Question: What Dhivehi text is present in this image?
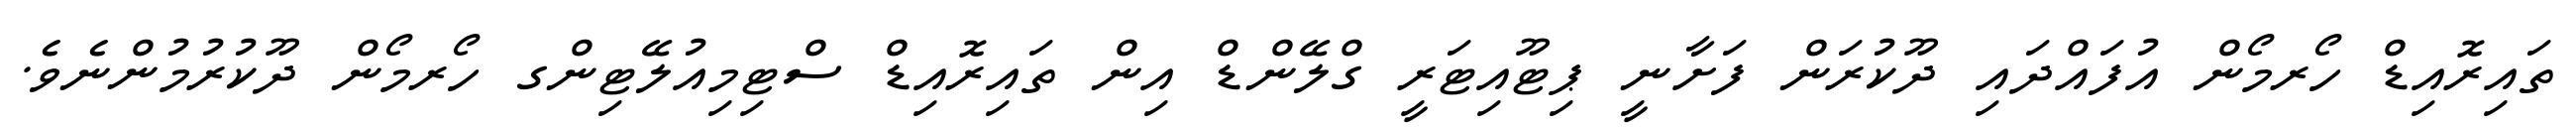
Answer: ތައިރޮއިޑް ހޯރމޯން އުފައްދައި ދޫކުރަން ފަށާނީ ޕިޓޫއިޓަރީ ގްލޭންޑް އިން ތައިރޮއިޑް ސްޓިމިއުލޭޓިންގ ހޯރމޯން ދޫކުރުމުންނެވެ.